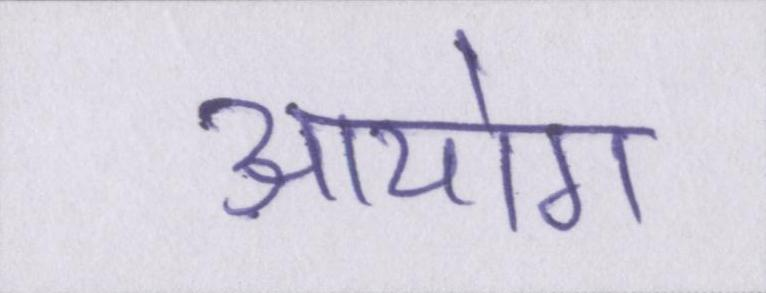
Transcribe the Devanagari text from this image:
आयोग